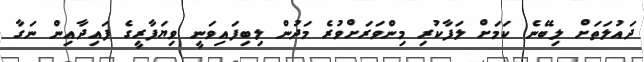
ދައުލަތަށް ލިބޭނެ ކަމަށް ލަފާކުރި މިންވަރަށްވުރެ މަދުން ލިބިފައިވަނީ ވިޔަފާރީގެ ފައިދާއިން ނަގާ